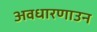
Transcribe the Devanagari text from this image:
अवधारणाउन